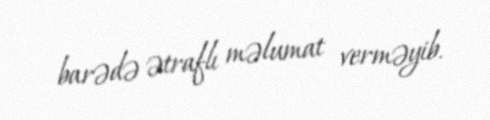
barədə ətraflı məlumat verməyib.